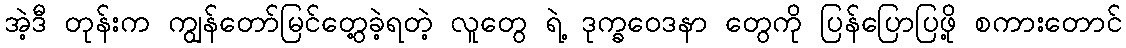
အဲ့ဒီ တုန်းက ကျွန်တော်မြင်တွေ့ခဲ့ရတဲ့ လူတွေ ရဲ့ ဒုက္ခဝေဒနာ တွေကို ပြန်ပြောပြဖို့ စကားတောင်